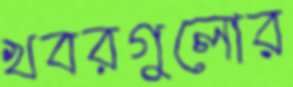
খবরগুলোর